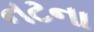
નટના